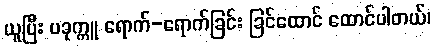
ယူပြီး ပခုက္ကူ ရောက်-ရောက်ခြင်း ခြင်ထောင် ထောင်ပါတယ်၊